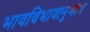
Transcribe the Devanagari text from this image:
भावविभावानुभाव